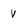
Character: v